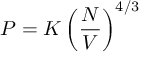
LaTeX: P = K \left( { \frac { N } { V } } \right) ^ { 4 / 3 }